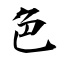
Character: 色